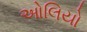
ઓલિયો